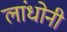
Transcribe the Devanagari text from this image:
लांधोनी